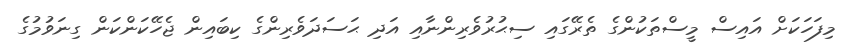
މިފަހަކަށް އައިސް މީސްތަކުންގެ ތެރޭގައި ސިޙުރުވެރިންނާއި އަދި ޙަސަދަވެރިންގެ ކިބައިން ޖެހޭކަންކަން ގިނަވުމުގެ